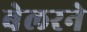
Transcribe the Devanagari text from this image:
बेलरने